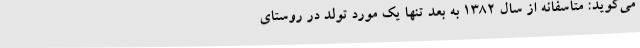
می‌گوید: متاسفانه از سال ۱۳۸۲ به بعد تنها یک مورد تولد در روستای